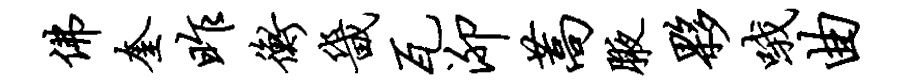
佛奎昨衡畿瓦泖蒿腋夥哦曲